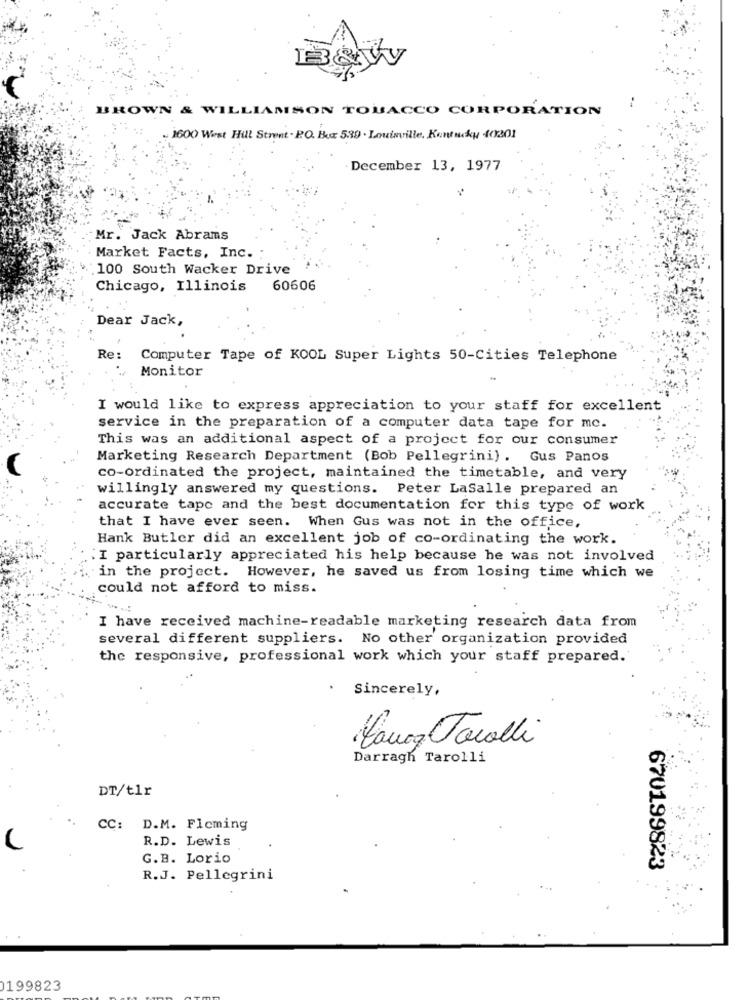
BROWN & WILLIAMSON TOBACCO CORPORATION
1600 West Hill Street . PO. Box 539 . Louisville, Kentucky 40201
December 13, 1977
Mr. Jack Abrams
Market Facts, Inc. :
`100 South Wacker Drive
Chicago, Illinois
60606
Dear Jack,
Re:
Computer Tape of KOOL Super Lights 50-Cities Telephone
Monitor
I would like to express appreciation to your staff for excellent
service in the preparation of a computer data tape for me.
This was an additional aspect of a project for our consumer
Marketing Research Department (Bob Pellegrini) . Gus Panos
co-ordinated the project, maintained the timetable, and very
willingly answered my questions. Peter LaSalle prepared an
accurate tape and the best documentation for this type of work
that I have ever seen. When Gus was not in the office,
Hank Butler did an excellent job of co-ordinating the work.
: I particularly appreciated his help because he was not involved
in the project. However, he saved us from losing time which we
could not afford to miss.
I have received machine-readable marketing research data from
several different suppliers. No other organization provided
the responsive, professional work which your staff prepared.
Sincerely,
Manca Tacolli
Darragh Tarolli
DT/tlr
CC: D.M. Flcming
R.D. Lewis
G.B. Lorio
670199823
R.J. Pellegrini
199823